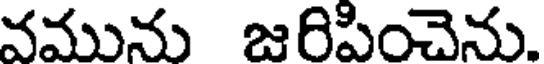
వమును జరిపించెను.